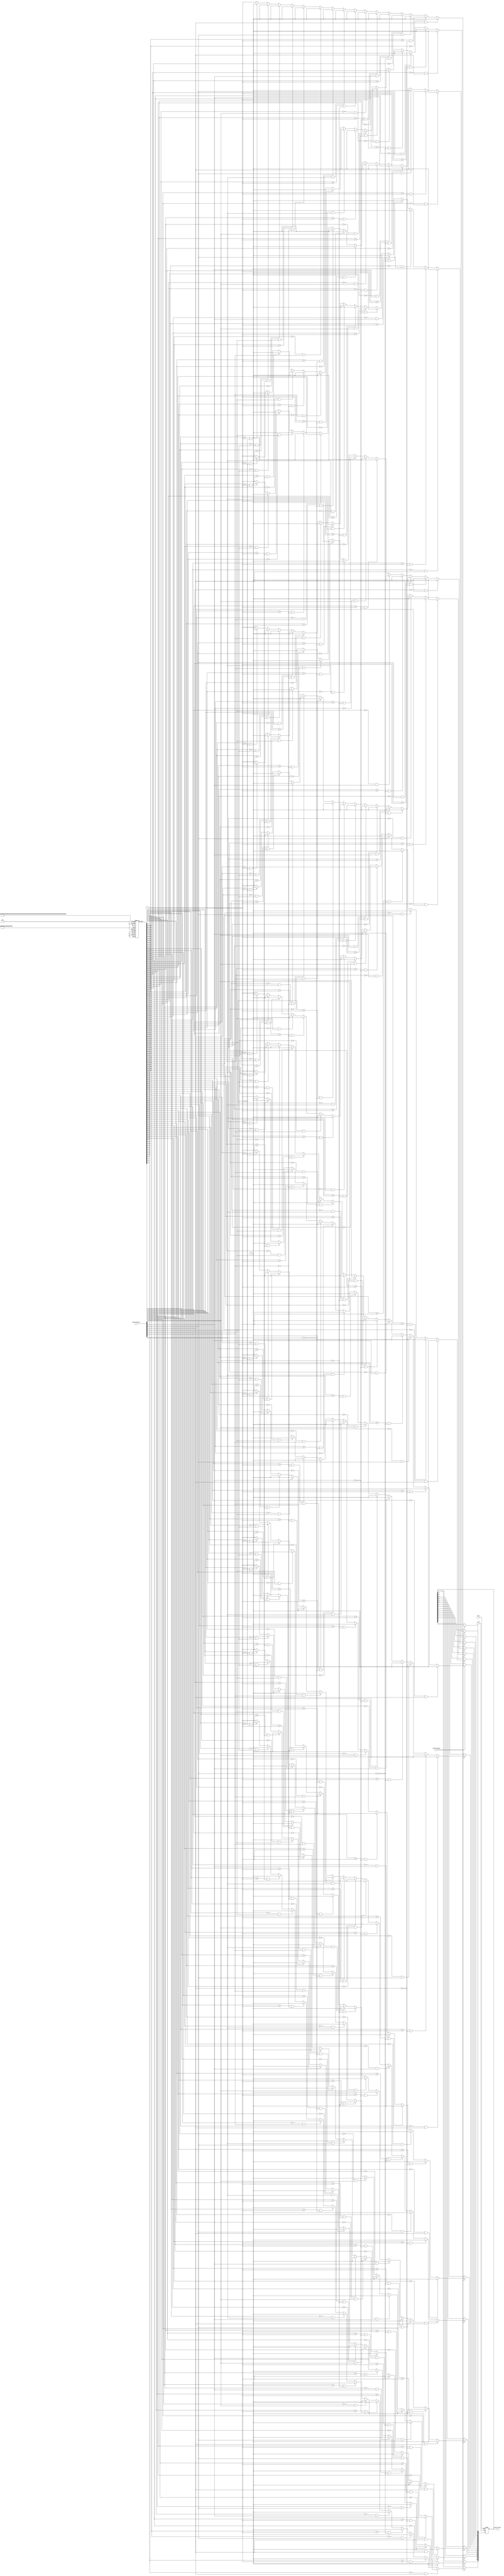
module tcam_io_block #(
    parameter DATA_WIDTH = 8,          // Width of each ternary entry
    parameter NUM_ENTRIES = 16          // Number of entries in the TCAM
) (
    input wire clk,                     // Clock signal
    input wire rst_n,                   // Asynchronous reset, active low
    input wire [DATA_WIDTH-1:0] search_pattern, // Input search pattern
    input wire search_enable,            // Enable signal for search
    output reg [NUM_ENTRIES-1:0] match_result // Match results (one-hot encoding)
);

    // Ternary memory array: Each entry can store 0, 1, or X (represented as 2'b00, 2'b01, 2'b10)
    reg [1:0] tcam_memory [0:NUM_ENTRIES-1][0:DATA_WIDTH-1];

    // Initialize TCAM memory with default values (e.g., all 'X's)
    integer i, j;
    initial begin
        for (i = 0; i < NUM_ENTRIES; i = i + 1) begin
            for (j = 0; j < DATA_WIDTH; j = j + 1) begin
                tcam_memory[i][j] = 2'b10; // Initialize with 'X'
            end
        end
    end

    // Search logic
    always @(posedge clk or negedge rst_n) begin
        if (!rst_n) begin
            match_result <= 0; // Reset match result
        end else if (search_enable) begin
            match_result <= 0; // Reset match result for new search
            for (i = 0; i < NUM_ENTRIES; i = i + 1) begin
                // Compare search pattern against TCAM entries
                match_result[i] <= 1'b1; // Assume match
                for (j = 0; j < DATA_WIDTH; j = j + 1) begin
                    // Check for match conditions
                    if (tcam_memory[i][j] == 2'b00 && search_pattern[j] != 1'b0) begin
                        match_result[i] <= 1'b0; // Mismatch for '0'
                    end else if (tcam_memory[i][j] == 2'b01 && search_pattern[j] != 1'b1) begin
                        match_result[i] <= 1'b0; // Mismatch for '1'
                    end
                    // 2'b10 represents 'X' (don't care), no action needed
                end
            end
        end
    end

    // I/O control logic (Example: Writing to TCAM entries, reading match results)
    // Add your additional control logic here for configuration and power management

endmodule